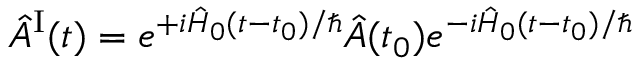
\hat { A } ^ { \mathrm { I } } ( t ) = e ^ { + i \hat { H } _ { 0 } ( t - t _ { 0 } ) / \hbar } \hat { A } ( t _ { 0 } ) e ^ { - i \hat { H } _ { 0 } ( t - t _ { 0 } ) / \hbar }